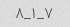
۷_۱_۸